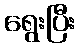
ရွေးပြီး